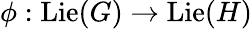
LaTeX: \phi:\operatorname{Lie}(G)\to\operatorname{Lie}(H)